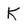
Character: k